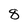
Character: 8